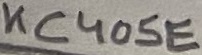
Text: KC405E